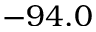
- 9 4 . 0